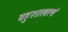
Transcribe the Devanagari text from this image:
बहुशाखत्वं